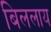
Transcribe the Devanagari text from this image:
बिललाय